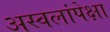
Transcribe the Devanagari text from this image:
अस्वलांपेक्षा